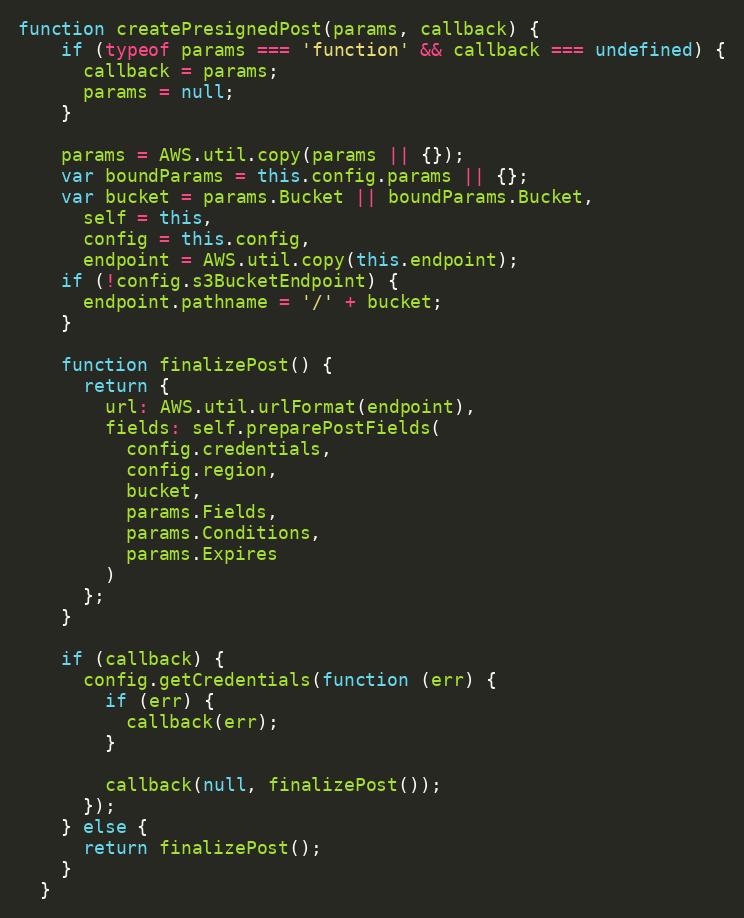
Language: JavaScript
function createPresignedPost(params, callback) {
    if (typeof params === 'function' && callback === undefined) {
      callback = params;
      params = null;
    }

    params = AWS.util.copy(params || {});
    var boundParams = this.config.params || {};
    var bucket = params.Bucket || boundParams.Bucket,
      self = this,
      config = this.config,
      endpoint = AWS.util.copy(this.endpoint);
    if (!config.s3BucketEndpoint) {
      endpoint.pathname = '/' + bucket;
    }

    function finalizePost() {
      return {
        url: AWS.util.urlFormat(endpoint),
        fields: self.preparePostFields(
          config.credentials,
          config.region,
          bucket,
          params.Fields,
          params.Conditions,
          params.Expires
        )
      };
    }

    if (callback) {
      config.getCredentials(function (err) {
        if (err) {
          callback(err);
        }

        callback(null, finalizePost());
      });
    } else {
      return finalizePost();
    }
  }